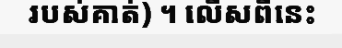
របស់គាត់) ។ លើសពីនេះ